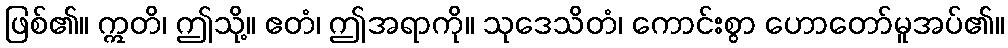
ဖြစ်၏။ ဣတိ၊ ဤသို့။ ဧတံ၊ ဤအရာကို။ သုဒေသိတံ၊ ကောင်းစွာ ဟောတော်မူအပ်၏။